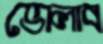
ভোলাব